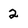
Character: 2